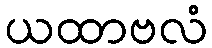
ယထာဗလံ